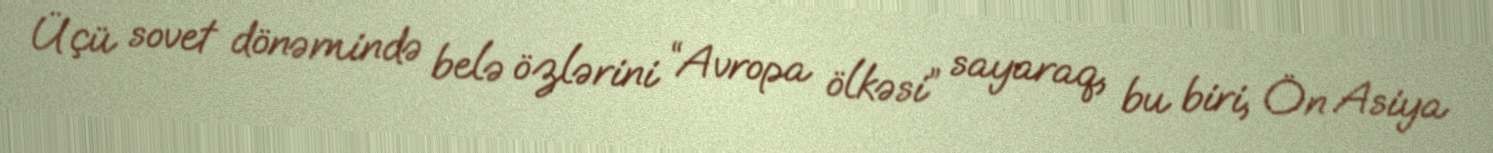
Üçü sovet dönəmində belə özlərini “Avropa ölkəsi” sayaraq, bu biri, Ön Asiya